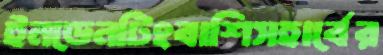
ইনডেনটিংবাশিসহার্বের